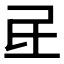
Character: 𰚷